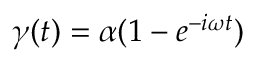
\gamma ( t ) = \alpha ( 1 - e ^ { - i \omega t } )